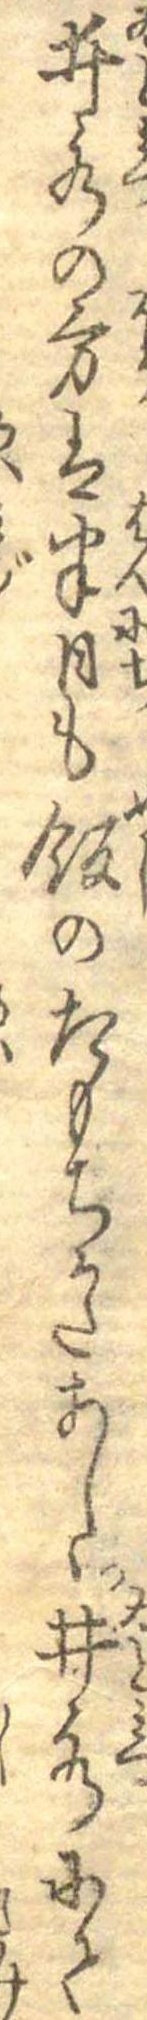
井水の方は半日も飯のたもちかたあしく井水にて